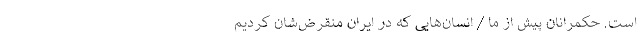
است. حکمرانان پیش از ما / انسان‌هایی که در ایران منقرض‌شان کردیم